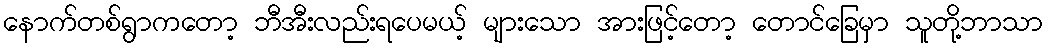
နောက်တစ်ရွာကတော့ ဘီအီးလည်းရပေမယ့် များသော အားဖြင့်တော့ တောင်ခြေမှာ သူတို့ဘာသာ